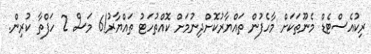
ރިކުއެސްޓެޑް މެނޫތަކަށް މާހެފުން ތައްޔާރުކޮށްދިނުމަށް ކޮއްތުހަޓު ތައްޔާރު!6 މަސް 2 ހަފްތާ ކުރިން.